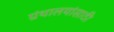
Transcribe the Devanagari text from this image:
ग्रंथालयांसाठी